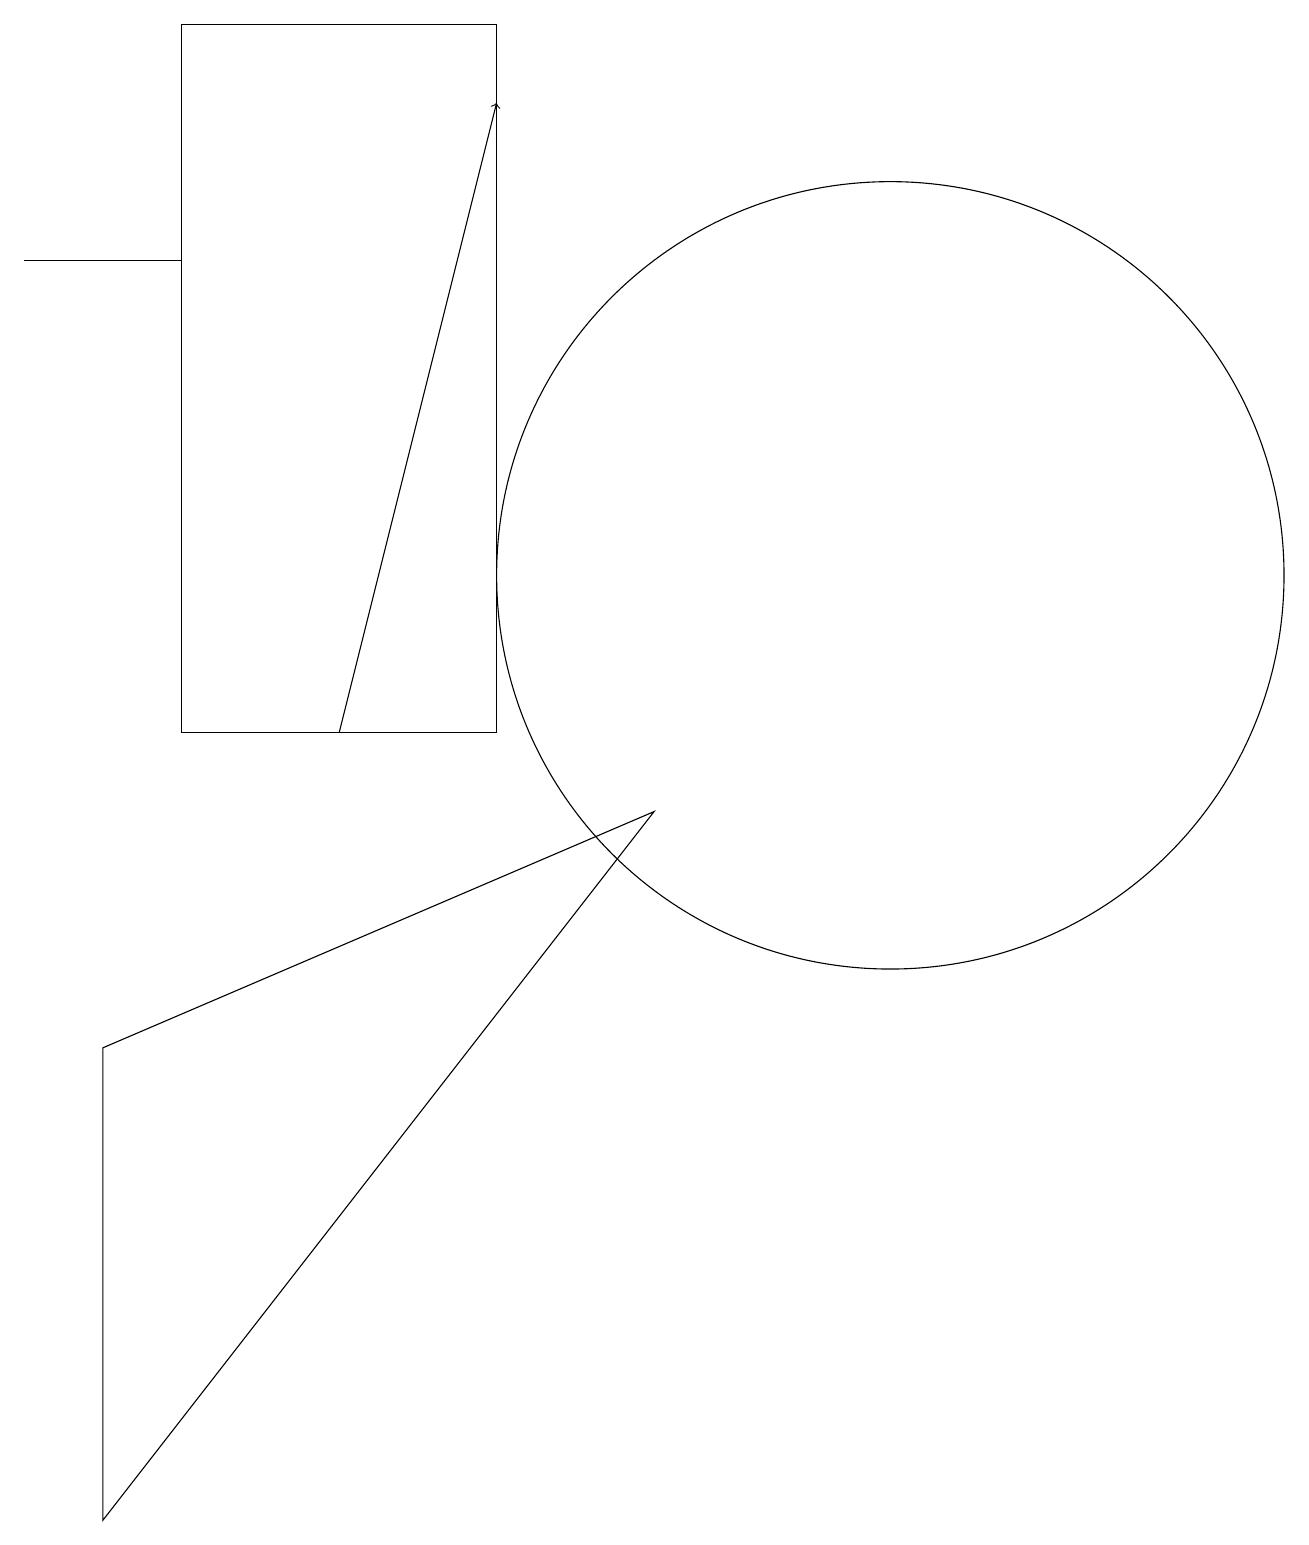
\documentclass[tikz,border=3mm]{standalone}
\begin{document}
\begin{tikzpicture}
\draw (11,12) circle (5);
\draw[->] (4,10) -- (6,18);
\draw (2,16) rectangle (0,16);
\draw (6,19) rectangle (2,10);
\draw (1,0) -- (8,9) -- (1,6) -- cycle;
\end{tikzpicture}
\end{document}